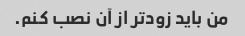
من باید زودتر از آن نصب کنم.